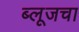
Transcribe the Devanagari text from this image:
ब्लूजचा